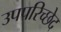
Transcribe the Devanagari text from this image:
उपपरिच्छेद